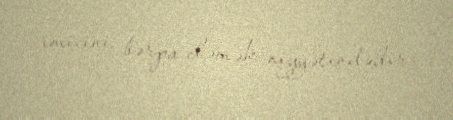
imicini bərpa eləmək niyyətindədir.